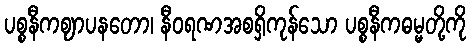
ပစ္စနီကဈာပနတော၊ နီဝရဏအစရှိကုန်သော ပစ္စနီကဓမ္မတို့ကို